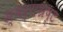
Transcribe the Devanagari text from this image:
स्वर्गभ्रष्ट